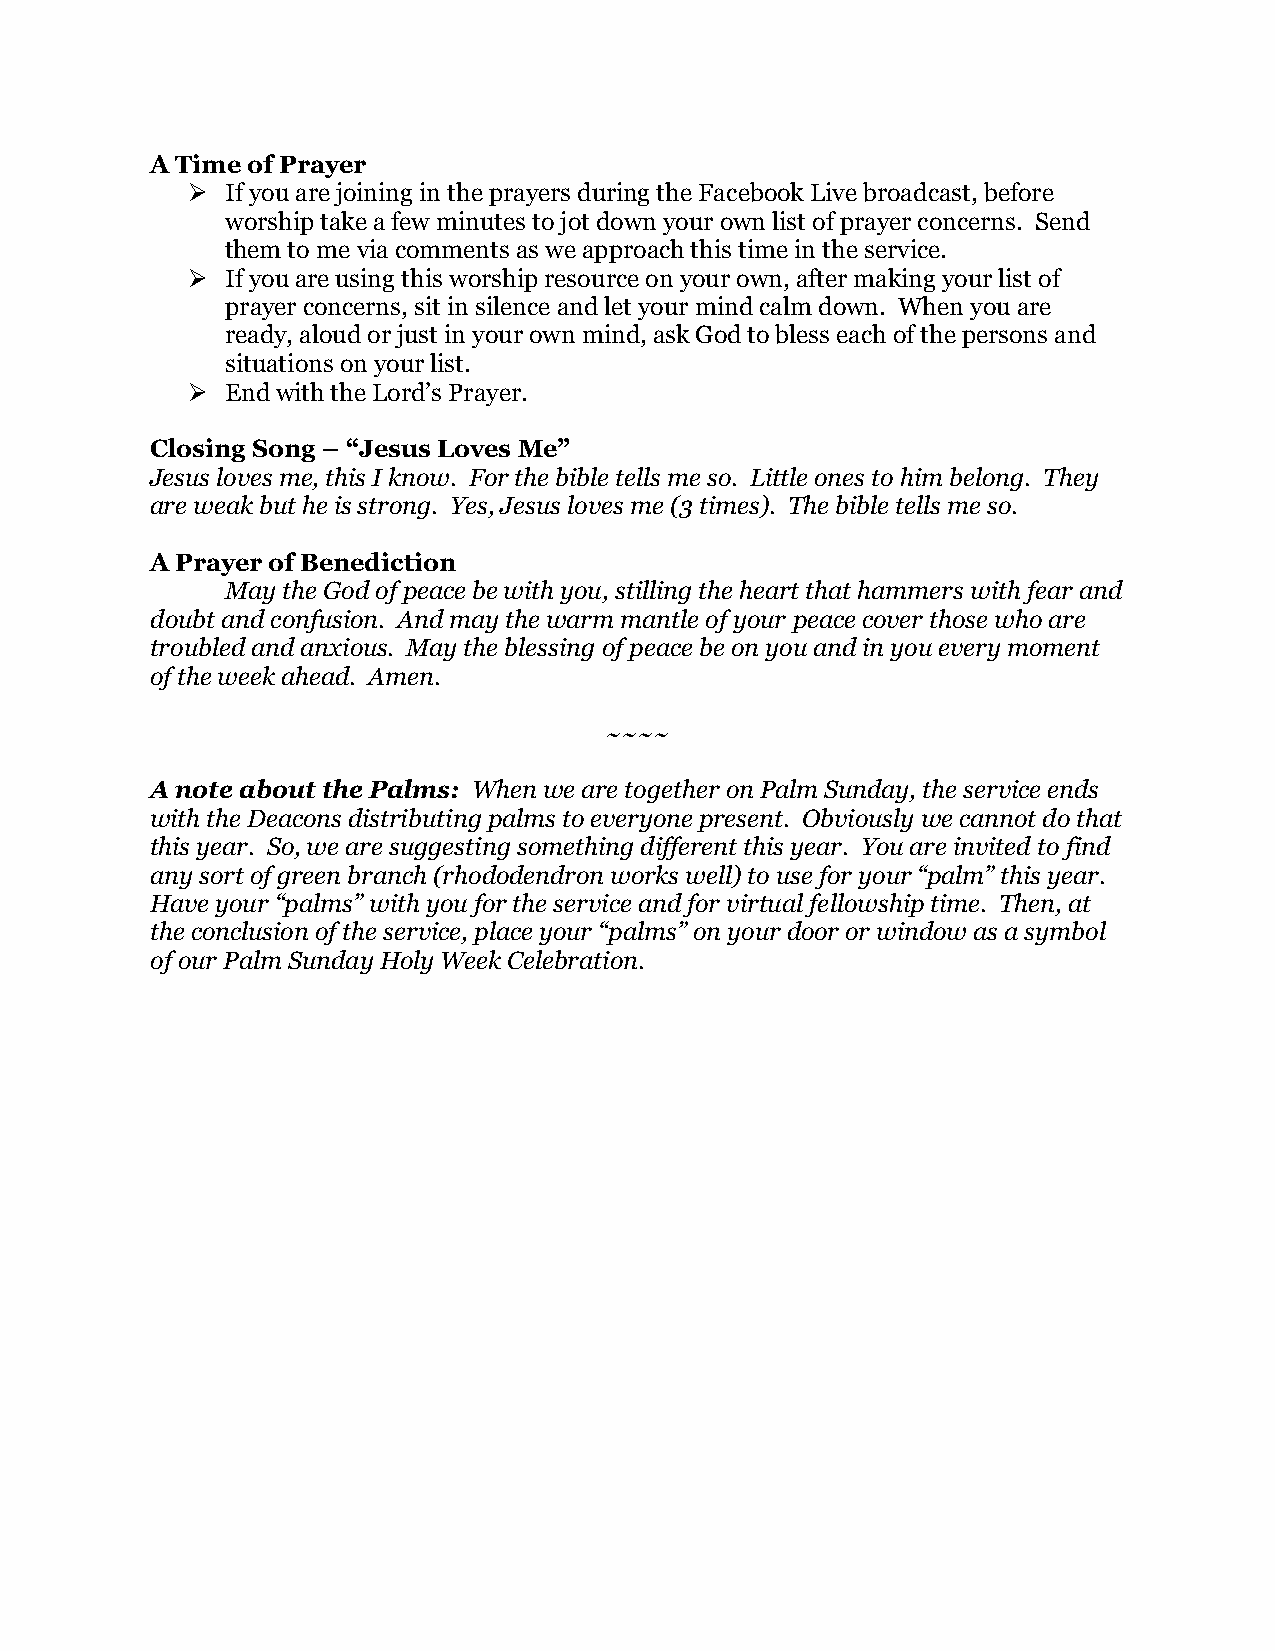
A Time of Prayer
 ➢  If you are joining in the prayers during the Facebook Live broadcast, before
 worship take a few minutes to jot down your own list of prayer concerns. Send
 them to me via comments as we approach this time in the service.
 ➢  If you are using this worship resource on your own, after making your list of
 prayer concerns, sit in silence and let your mind calm down. When you are
 ready, aloud or just in your own mind, ask God to bless each of the persons and
 situations on your list.
 ➢  End with the Lord’s Prayer.
 Closing Song – “Jesus Loves Me”
 Jesus loves me, this I know. For the bible tells me so. Little ones to him belong. They
 are weak but he is strong. Yes, Jesus loves me (3 times). The bible tells me so.
 A Prayer of Benediction
 May the God of peace be with you, stilling the heart that hammers with fear and
 doubt and confusion. And may the warm mantle of your peace cover those who are
 troubled and anxious. May the blessing of peace be on you and in you every moment
 of the week ahead. Amen.
 ~~~~
 A note about the Palms: When we are together on Palm Sunday, the service ends
 with the Deacons distributing palms to everyone present. Obviously we cannot do that
 this year. So, we are suggesting something different this year. You are invited to find
 any sort of green branch (rhododendron works well) to use for your “palm” this year.
 Have your “palms” with you for the service and for virtual fellowship time. Then, at
 the conclusion of the service, place your “palms” on your door or window as a symbol
 of our Palm Sunday Holy Week Celebration.